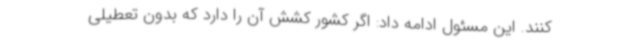
کنند. این مسئول ادامه داد: اگر کشور کشش آن را دارد که بدون تعطیلی